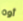
أوه